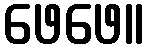
ဖေဖေ။